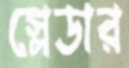
স্লেডার